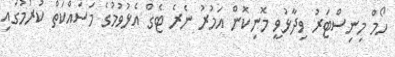
ހޯމް މިނިސްޓަރު ވިދާޅުވީ މޮނިކޮން އަމުރު ނެރެ ޓެގް އެޅުވުމުގެ މަސައްކަތް ކުރުމުގައި